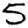
Digit: 5